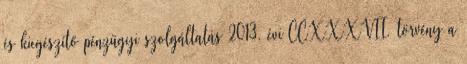
és kiegészítő pénzügyi szolgáltatás 2013. évi CCXXXVII. törvény a